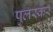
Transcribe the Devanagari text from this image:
पुलस्कर